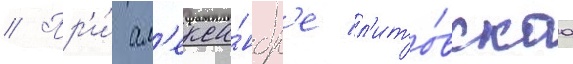
// Пр'и́ ал'екса́ндр'е л'ито́вскаа